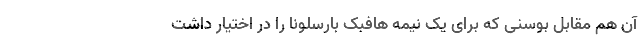
آن هم مقابل بوسنی که برای یک نیمه هافبک بارسلونا را در اختیار داشت